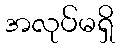
အလုပ်မရှိ